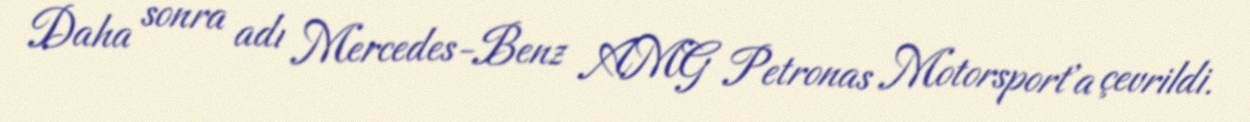
Daha sonra adı Mercedes-Benz AMG Petronas Motorsport'a çevrildi.